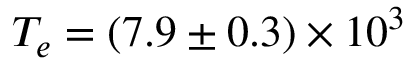
T _ { e } = ( 7 . 9 \pm 0 . 3 ) \times 1 0 ^ { 3 }